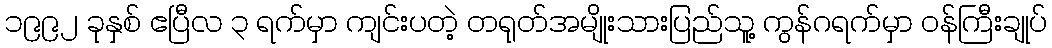
၁၉၉၂ ခုနှစ် ဧပြီလ ၃ ရက်မှာ ကျင်းပတဲ့ တရုတ်အမျိုးသားပြည်သူ့ ကွန်ဂရက်မှာ ဝန်ကြီးချုပ်